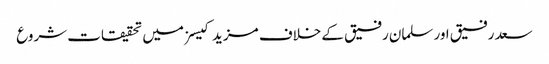
سعد رفیق اور سلمان رفیق کے خلاف مزید کیسز میں تحقیقات شروع